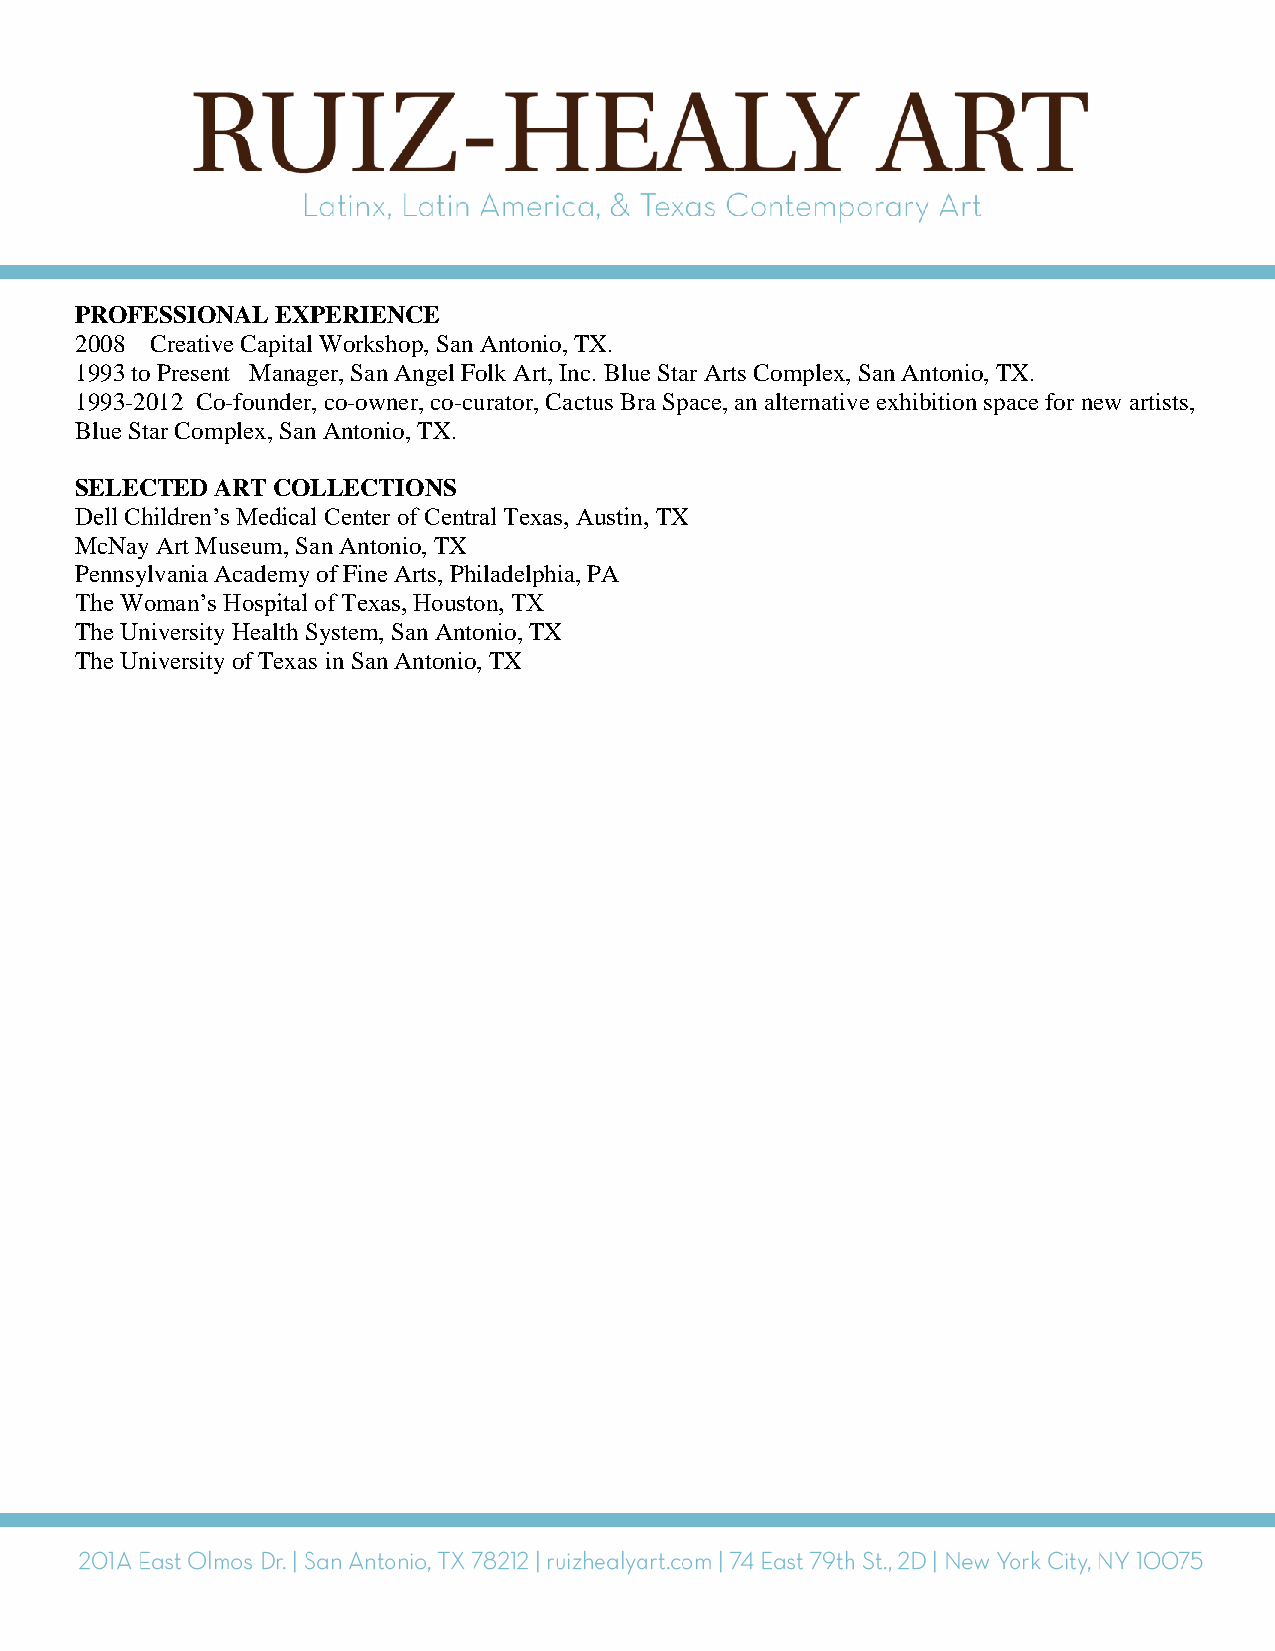
PROFESSIONAL EXPERIENCE
 2008 Creative Capital Workshop, San Antonio, TX.
 1993 to Present Manager, San Angel Folk Art, Inc. Blue Star Arts Complex, San Antonio, TX.
 1993-2012 Co-founder, co-owner, co-curator, Cactus Bra Space, an alternative exhibition space for new artists,
 Blue Star Complex, San Antonio, TX.
 SELECTED ART COLLECTIONS
 Dell Children’s Medical Center of Central Texas, Austin, TX
 McNay Art Museum, San Antonio, TX
 Pennsylvania Academy of Fine Arts, Philadelphia, PA
 The Woman’s Hospital of Texas, Houston, TX
 The University Health System, San Antonio, TX
 The University of Texas in San Antonio, TX